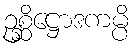
ဥစ္ဆိဋ္ဌောဒကမ္ပိ